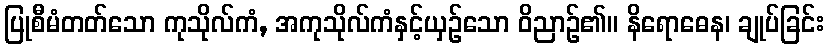
ပြုစီမံတတ်သော ကုသိုလ်ကံ, အကုသိုလ်ကံနှင့်ယှဉ်သော ဝိညာဉ်၏။ နိရောဓေန၊ ချုပ်ခြင်း